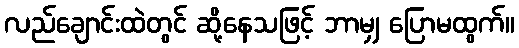
လည်ချောင်းထဲတွင် ဆို့နေသဖြင့် ဘာမျှ ပြောမထွက်။